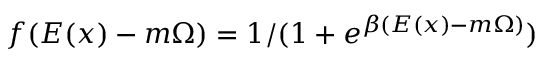
f ( E ( x ) - m \Omega ) = 1 / ( 1 + e ^ { \beta ( E ( x ) - m \Omega ) } )